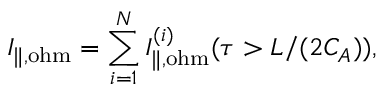
I _ { \| , \mathrm { o h m } } = \sum _ { i = 1 } ^ { N } I _ { \| , \mathrm { o h m } } ^ { ( i ) } ( \tau > L / ( 2 C _ { A } ) ) ,